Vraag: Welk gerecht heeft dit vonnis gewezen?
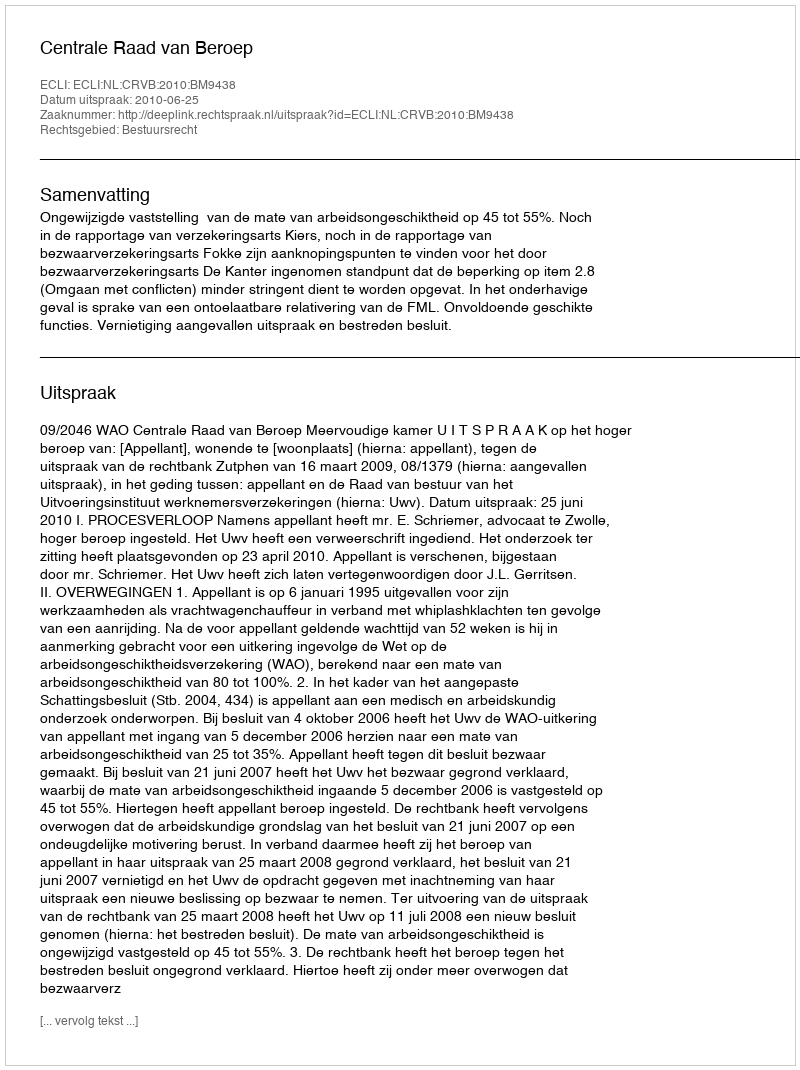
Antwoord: Centrale Raad van Beroep